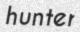
hunter